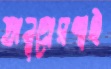
অনুপ্রেরণাই